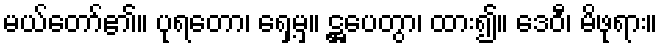
မယ်တော်၏။ ပုရတော၊ ရှေ့မှ။ ဋ္ဌပေတွာ၊ ထား၍။ ဒေဝီ၊ မိဖုရား။